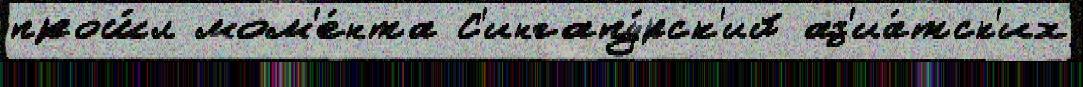
прош́л мом'е́нта С'ингапу́рск'ий аз'иа́тск'их